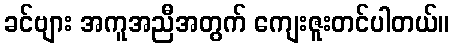
ခင်ဗျား အကူအညီအတွက် ကျေးဇူးတင်ပါတယ်။